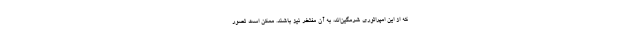
که از این امپراتوری شرمگین‌اند، به آن مفتخر نیز باشند. ممکن است تصور